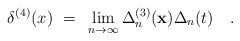
LaTeX: \begin{align*}\delta^{(4)} (x)~=~\lim_{n\to\infty} \Delta_n^{(3)}({\bf x})\Delta_n(t) \quad . \end{align*}